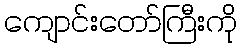
ကျောင်းတော်ကြီးကို